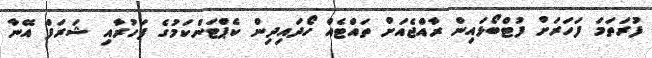
ފުރަތަމަ ފަހަރަށް ފުޓްބޯޅައިން ރާއްޖެއަށް ތައްޓެއް ހޯދައިދިން ކެޕްޓަންކަމުގެ ފަހުރާއި ޝަރަފް އޭނާ